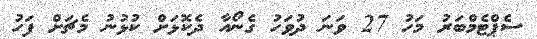
ސެޕްޓެމްބަރު މަހު 27 ވަނަ ދުވަހު ގެނޯއާ ދެކޮޅަށް ކުޅުނު މެޗަށް ފަހު